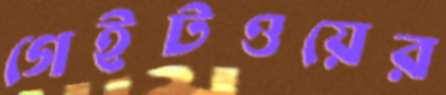
গেইটওয়ের